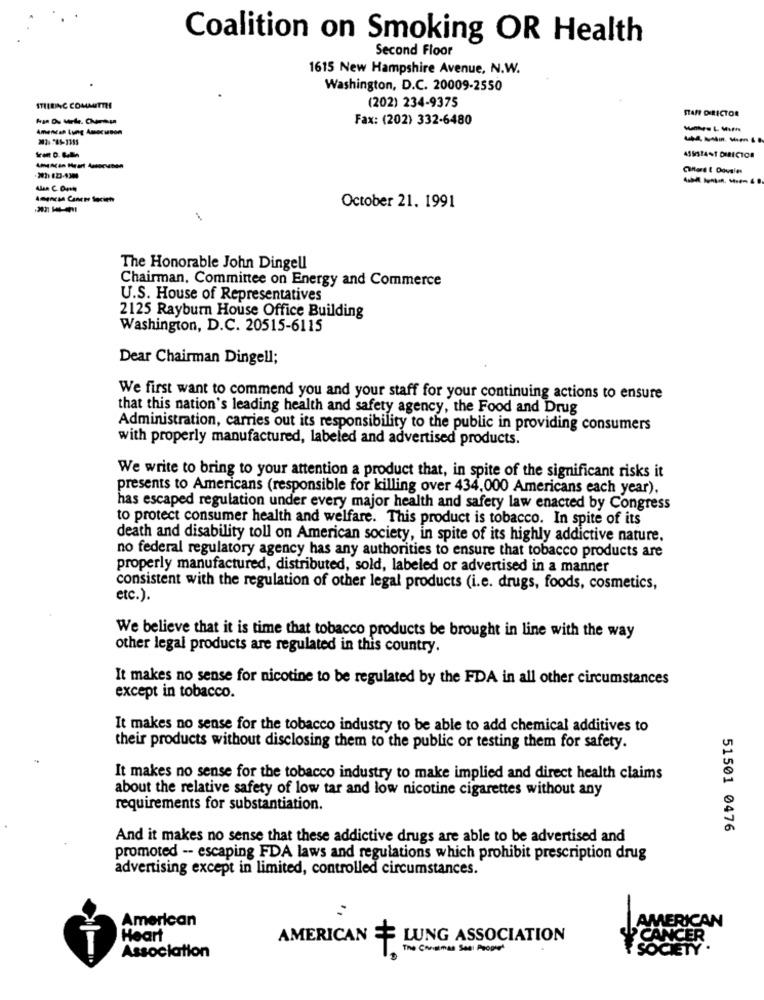
Coalition on Smoking OR Health
Second Floor
1615 New Hampshire Avenue, N.W.
Washington, D.C. 20009-2550
(202) 234-9375
STIIBINC COMMITTEE
Fax: (202) 332-6480
STAN DIRECTOR
Amencan Lung Amacanon
----
455144f DIRECTOR
Chard ! Doveles
Amencsa Cancer Society
October 21. 1991
The Honorable John Dingell
Chairman, Committee on Energy and Commerce
U.S. House of Representatives
2125 Rayburn House Office Building
Washington, D.C. 20515-6115
Dear Chairman Dingell;
We first want to commend you and your staff for your continuing actions to ensure
that this nation's leading health and safety agency, the Food and Drug
Administration, carries out its responsibility to the public in providing consumers
with properly manufactured, labeled and advertised products.
We write to bring to your attention a product that, in spite of the significant risks it
presents to Americans (responsible for killing over 434.000 Americans each year),
has escaped regulation under every major health and safety law enacted by Congress
to protect consumer health and welfare. This product is tobacco. In spite of its
death and disability toll on American society, in spite of its highly addictive nature.
no federal regulatory agency has any authorities to ensure that tobacco products are
properly manufactured, distributed, sold, labeled or advertised in a manner
consistent with the regulation of other legal products (i.e. drugs, foods, cosmetics,
etc.).
We believe that it is time that tobacco products be brought in line with the way
other legal products are regulated in this country.
It makes no sense for nicotine to be regulated by the FDA in all other circumstances
except in tobacco.
It makes no sense for the tobacco industry to be able to add chemical additives to
their products without disclosing them to the public or testing them for safety.
It makes no sense for the tobacco industry to make implied and direct health claims
about the relative safety of low tar and low nicotine cigarettes without any
requirements for substantiation.
51501 0476
And it makes no sense that these addictive drugs are able to be advertised and
promoted -- escaping FDA laws and regulations which prohibit prescription drug
advertising except in limited, controlled circumstances.
American
MERICAN
Heart
AMERICAN E LUNG ASSOCIATION
The Christmas Sea: Prophet
Soc
Association